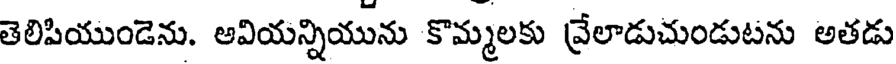
తెలిపియుండెను. ఆవియన్నియును కొమ్మలకు వ్రేలాడుచుండుటను అతడు